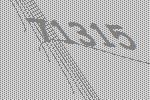
71315